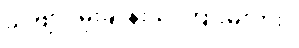
ခင်ဗျား မိုးချုန်းသံ ကြားမိလား။